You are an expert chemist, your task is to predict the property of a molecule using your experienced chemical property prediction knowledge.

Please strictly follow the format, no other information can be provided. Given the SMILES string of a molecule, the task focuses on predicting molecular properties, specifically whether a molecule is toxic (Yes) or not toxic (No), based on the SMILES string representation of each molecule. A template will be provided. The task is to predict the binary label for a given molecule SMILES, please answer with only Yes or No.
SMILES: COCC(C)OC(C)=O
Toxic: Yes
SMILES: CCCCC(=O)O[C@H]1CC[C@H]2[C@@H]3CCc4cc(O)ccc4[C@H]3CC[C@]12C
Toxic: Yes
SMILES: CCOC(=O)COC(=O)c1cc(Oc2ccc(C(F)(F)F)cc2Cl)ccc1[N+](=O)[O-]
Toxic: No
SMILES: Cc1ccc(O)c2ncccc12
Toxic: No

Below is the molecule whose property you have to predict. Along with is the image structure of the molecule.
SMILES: CC(=O)CCCCn1c(=O)c2c(ncn2C)n(C)c1=O
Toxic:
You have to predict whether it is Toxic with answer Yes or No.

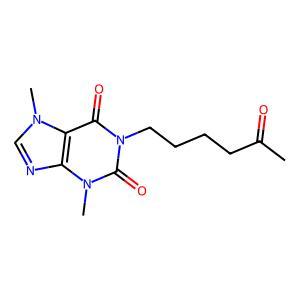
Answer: No